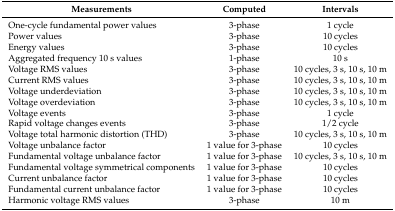
<table><thead><tr><td><b>Measurements</b></td><td><b>Computed</b></td><td><b>Intervals</b></td></tr></thead><tbody><tr><td>One-cycle fundamental power values</td><td>3-phase</td><td>1 cycle</td></tr><tr><td>Power values</td><td>3-phase</td><td>10 cycles</td></tr><tr><td>Energy values</td><td>3-phase</td><td>10 cycles</td></tr><tr><td>Aggregated frequency 10 s values</td><td>1-phase</td><td>10 s</td></tr><tr><td>Voltage RMS values</td><td>3-phase</td><td>10 cycles, 3 s, 10 s, 10 m</td></tr><tr><td>Current RMS values</td><td>3-phase</td><td>10 cycles, 3 s, 10 s, 10 m</td></tr><tr><td>Voltage underdeviation</td><td>3-phase</td><td>10 cycles, 3 s, 10 s, 10 m</td></tr><tr><td>Voltage overdeviation</td><td>3-phase</td><td>10 cycles, 3 s, 10 s, 10 m</td></tr><tr><td>Voltage events</td><td>3-phase</td><td>1 cycle</td></tr><tr><td>Rapid voltage changes events</td><td>3-phase</td><td>1/2 cycle</td></tr><tr><td>Voltage total harmonic distortion (THD)</td><td>3-phase</td><td>10 cycles, 3 s, 10 s, 10 m</td></tr><tr><td>Voltage unbalance factor</td><td>1 value for 3-phase</td><td>10 cycles</td></tr><tr><td>Fundamental voltage unbalance factor</td><td>1 value for 3-phase</td><td>10 cycles, 3 s, 10 s, 10 m</td></tr><tr><td>Fundamental voltage symmetrical components</td><td>1 value for 3-phase</td><td>10 cycles</td></tr><tr><td>Current unbalance factor</td><td>1 value for 3-phase</td><td>10 cycles</td></tr><tr><td>Fundamental current unbalance factor</td><td>1 value for 3-phase</td><td>10 cycles</td></tr><tr><td>Harmonic voltage RMS values</td><td>3-phase</td><td>10 m</td></tr></tbody></table>